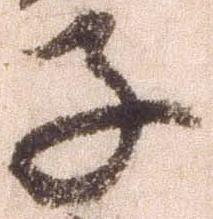
子